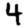
Digit: 4